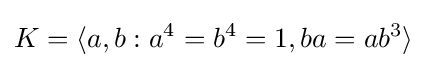
K=\langle a,b:a^{4}=b^{4}=1,ba=ab^{3}\rangle